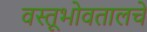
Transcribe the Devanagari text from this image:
वस्तूभोवतालचे